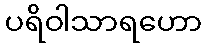
ပရိဝါသာရဟော